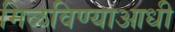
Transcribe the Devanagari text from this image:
मिळविण्याआधी